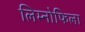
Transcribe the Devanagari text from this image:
लिम्नोफिला